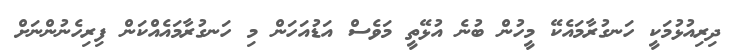
ދިރިއުޅުމަކީ ހަނގުރާމައެކޭ މީހުން ބުނެ އުޅޭތީ މަވެސް އަޑުއަހަން މި ހަނގުރާމައެއްކަން ފިރިހެނުންނަށް